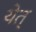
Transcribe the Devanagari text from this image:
येत्